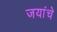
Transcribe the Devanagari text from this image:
जयांचे